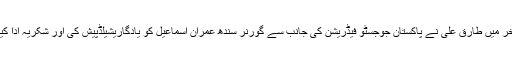
آخر میں طارق علی نے پاکستان جوجسٹو فیڈریشن کی جانب سے گورنر سندھ عمران اسماعیل کو یادگاریشیلڈپیش کی اور شکریہ ادا کیا۔